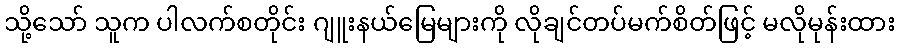
သို့သော် သူက ပါလက်စတိုင်း ဂျူးနယ်မြေများကို လိုချင်တပ်မက်စိတ်ဖြင့် မလိုမုန်းထား